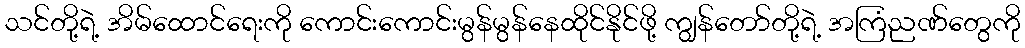
သင်တို့ရဲ့ အိမ်ထောင်ရေးကို ကောင်းကောင်းမွန်မွန်နေထိုင်နိုင်ဖို့ ကျွန်တော်တို့ရဲ့ အကြံညဏ်တွေကို